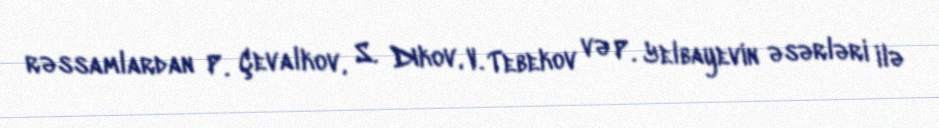
rəssamlardan P. Çevalkov, S. Dıkov, V. Tebekov və P. Yelbayevin əsərləri ilə